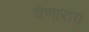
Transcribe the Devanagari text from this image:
येणाराय